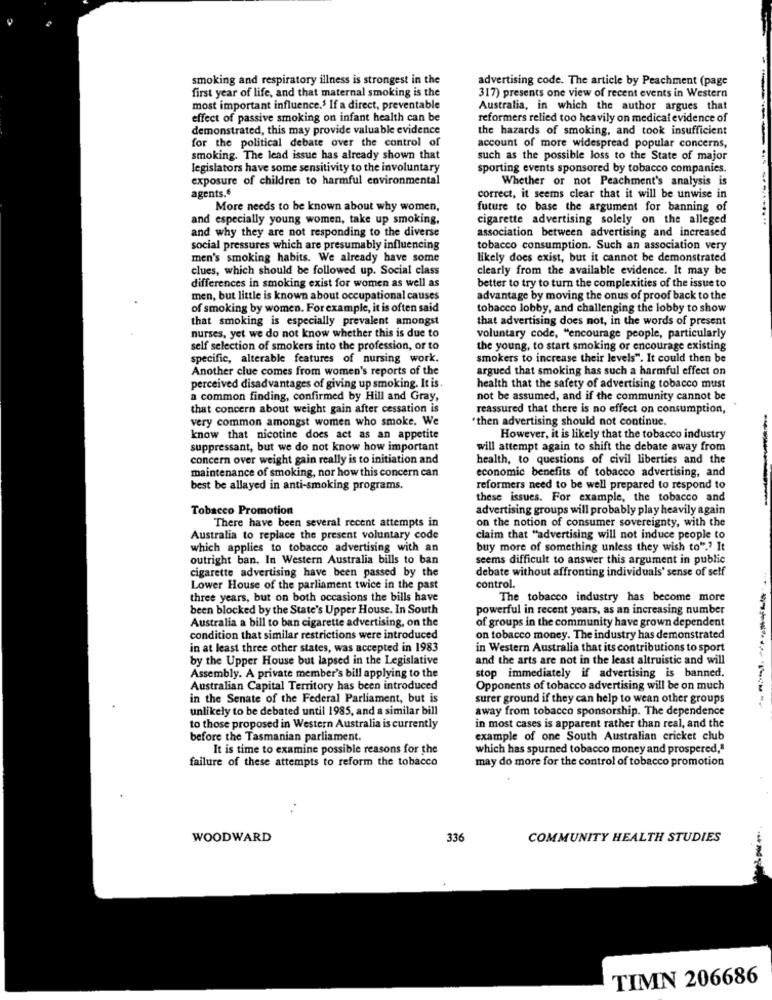
smoking and respiratory illness is strongest in the
advertising code. The article by Peachment (page
first year of life, and that maternal smoking is the
317) presents one view of recent events in Western
most important influence.5 If a direct, preventable
Australia, in which the author argues that
effect of passive smoking on infant health can be
reformers relied too heavily on medical evidence of
demonstrated, this may provide valuable evidence
the hazards of smoking, and took insufficient
for the political debate over the control of
account of more widespread popular concerns,
smoking. The lead issue has already shown that
such as the possible loss to the State of major
legislators have some sensitivity to the involuntary
sporting events sponsored by tobacco companies.
exposure of children to harmful environmental
Whether or not Peachment's analysis is
agents.6
correct, it seems clear that it will be unwise in
More needs to be known about why women,
future to base the argument for banning of
and especially young women, take up smoking,
cigarette advertising solely on the alleged
and why they are not responding to the diverse
association between advertising and increased
social pressures which are presumably influencing
tobacco consumption. Such an association very
men's smoking habits. We already have some
likely does exist, but it cannot be demonstrated
clues, which should be followed up. Social class
clearly from the available evidence. It may be
differences in smoking exist for women as well as
better to try to turn the complexities of the issue to
men, but little is known about occupational causes
advantage by moving the onus of proof back to the
of smoking by women. For example, it is often said
tobacco lobby, and challenging the lobby to show
that smoking is especially prevalent amongst
that advertising does not, in the words of present
nurses, yet we do not know whether this is due to
voluntary code, "encourage people, particularly
self selection of smokers into the profession, or to
the young, to start smoking or encourage existing
specific, alterable features of nursing work.
smokers to increase their levels". It could then be
Another clue comes from women's reports of the
argued that smoking has such a harmful effect on
perceived disadvantages of giving up smoking. It is.
health that the safety of advertising tobacco must
a common finding, confirmed by Hill and Gray,
not be assumed, and if the community cannot be
that concern about weight gain after cessation is
reassured that there is no effect on consumption,
very common amongst women who smoke. We
"then advertising should not continue.
know that nicotine does act as an appetite
However, it is likely that the tobacco industry
suppressant, but we do not know how important
will attempt again to shift the debate away from
concern over weight gain really is to initiation and
health, to questions of civil liberties and the
maintenance of smoking, nor how this concern can
economic benefits of tobacco advertising, and
best be allayed in anti-smoking programs.
reformers need to be well prepared to respond to
these issues. For example, the tobacco and
Tobacco Promotion
advertising groups will probably play heavily again
There have been several recent attempts in
on the notion of consumer sovereignty, with the
Australia to replace the present voluntary code
claim that "advertising will not induce people to
which applies to tobacco advertising with an
buy more of something unless they wish to" .? It
outright ban. In Western Australia bills to ban
seems difficult to answer this argument in public
cigarette advertising have been passed by the
debate without affronting individuals' sense of self
Lower House of the parliament twice in the past
control.
three years, but on both occasions the bills have
The tobacco industry has become more
been blocked by the State's Upper House. In South
powerful in recent years, as an increasing number
Australia a bill to ban cigarette advertising, on the
of groups in the community have grown dependent
condition that similar restrictions were introduced
on tobacco money. The industry has demonstrated
in at least three other states, was accepted in 1983
in Western Australia that its contributions to sport
by the Upper House but lapsed in the Legislative
and the arts are not in the least altruistic and will
Assembly. A private member's bill applying to the
stop immediately if advertising is banned.
Australian Capital Territory has been introduced
Opponents of tobacco advertising will be on much
in the Senate of the Federal Parliament, but is
surer ground if they can help to wean other groups
unlikely to be debated until 1985, and a similar bill
away from tobacco sponsorship. The dependence
to those proposed in Western Australia is currently
in most cases is apparent rather than real, and the
before the Tasmanian parliament.
example of one South Australian cricket club
It is time to examine possible reasons for the
which has spurned tobacco money and prospered,"
failure of these attempts to reform the tobacco
may do more for the control of tobacco promotion
WOODWARD
336
COMMUNITY HEALTH STUDIES
TIMN 206686